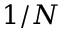
1 / N